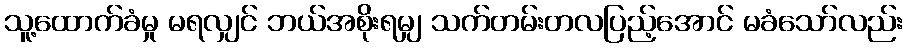
သူ့ထောက်ခံမှု မရလျှင် ဘယ်အစိုးရမျှ သက်တမ်းတလပြည့်အောင် မခံသော်လည်း